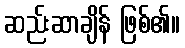
ဆည်းဆာချိန် ဖြစ်၏။